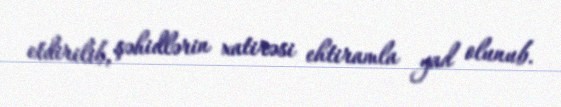
etdirilib, şəhidlərin xatirəsi ehtiramla yad olunub.